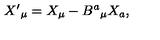
X ^ { \prime } { } _ { \mu } = X _ { \mu } - B ^ { a } { } _ { \mu } X _ { a } ,